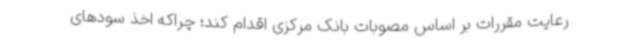
رعایت مقررات بر اساس مصوبات بانک مرکزی اقدام کند؛ چراکه اخذ سودهای